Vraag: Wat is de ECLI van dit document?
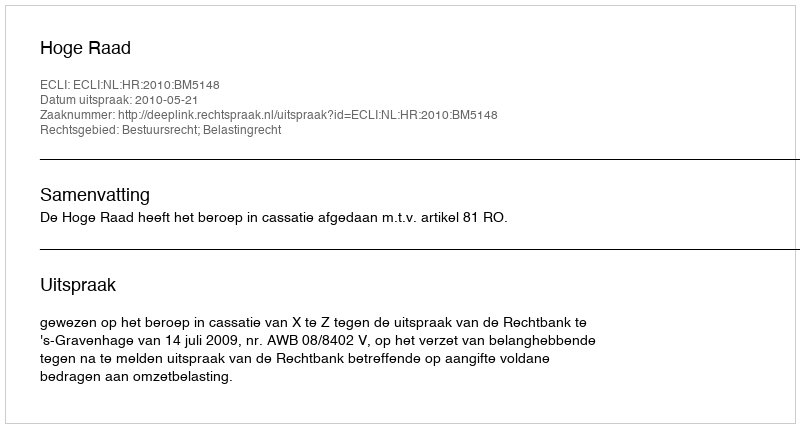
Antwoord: ECLI:NL:HR:2010:BM5148